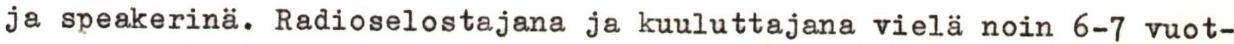
ja speakerinä. Radioselostajana ja kuuluttajana vielä noin 6-7 vuot-